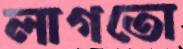
লাগতো